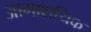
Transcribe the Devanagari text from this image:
आमाशयिक